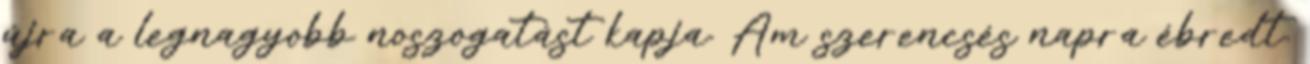
újra a legnagyobb noszogatást kapja. Ám szerencsés napra ébredt.